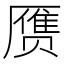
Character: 赝